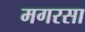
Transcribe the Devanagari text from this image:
मगरसा